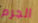
الجرم